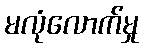
မလုံလောက်မှု